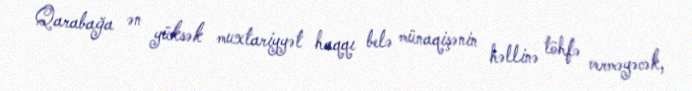
Qarabağa ən yüksək muxtariyyət haqqı belə münaqişənin həllinə töhfə verməyəcək,